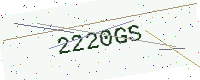
Text: 2220GS